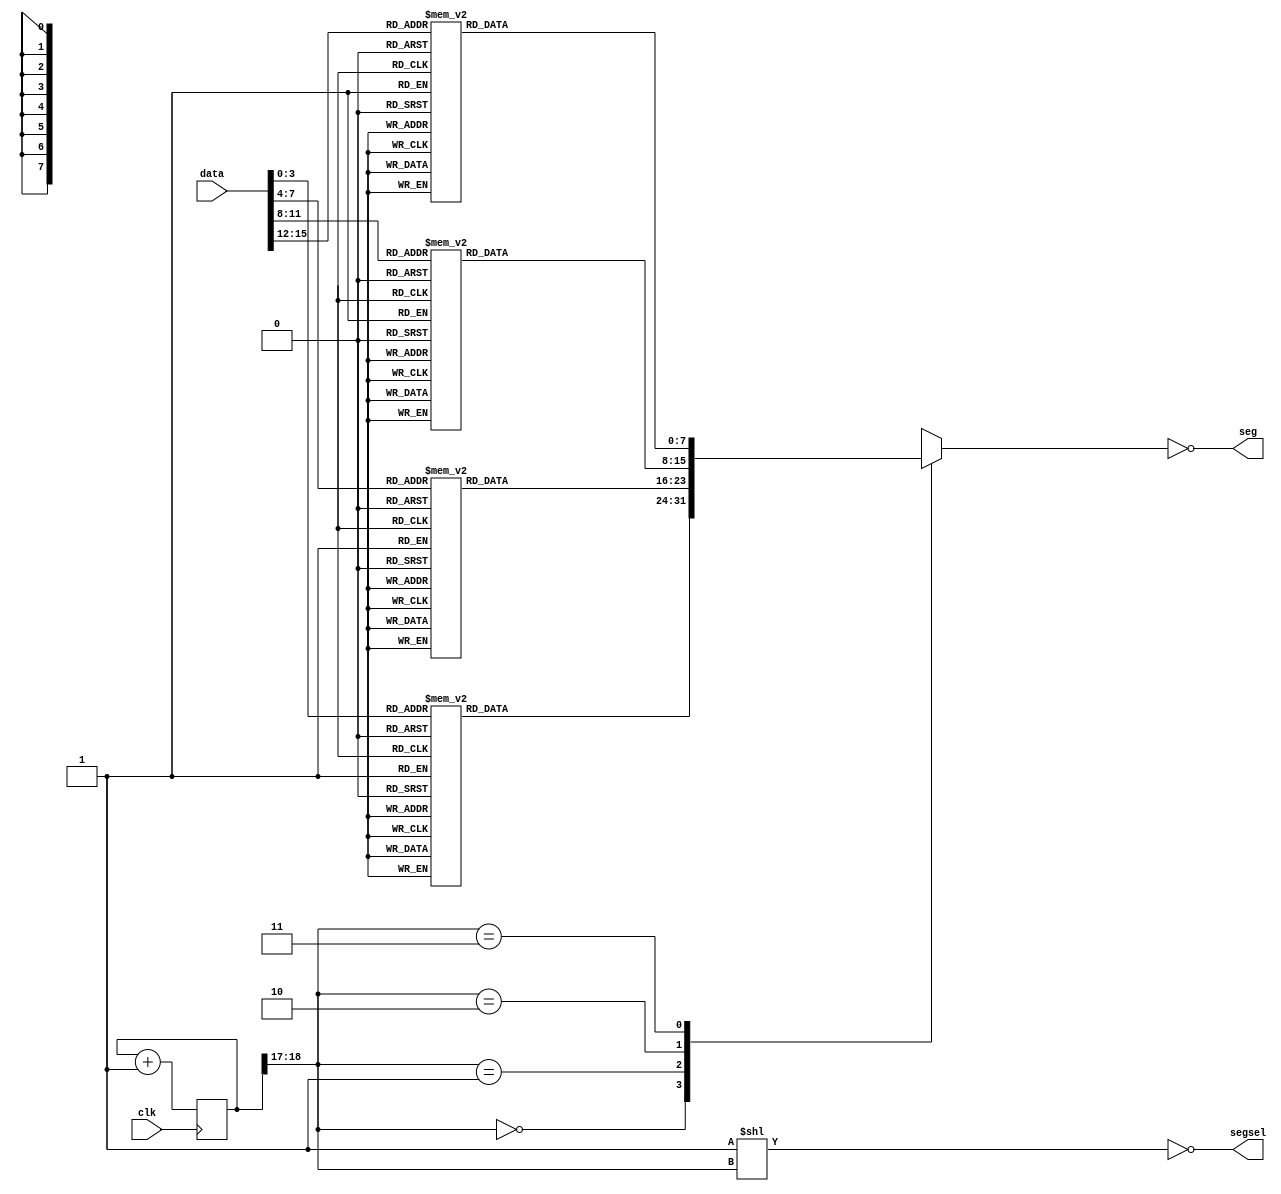
`timescale 1ns / 1ps

module LED7Seg(clk, seg, segsel, data);
		// seg bits and led segment:
		//  00
		// 5  1
		//  66
		// 4  2
		//  33  7
		output [7:0] seg;
		output [3:0] segsel;
		input clk;
		input [15:0] data;
		
		reg [18:0] counter;

		wire [3:0] v0, v1, v2, v3;
		assign v0 = data[3:0];
		assign v1 = data[7:4];
		assign v2 = data[11:8];
		assign v3 = data[15:12];
		
		wire [1:0] dsel = counter[18:17];
		assign segsel = ~(4'b1 << dsel);
		assign seg = ~decodev(dsel, v0, v1, v2, v3);
		
		always @ (posedge clk) begin
			counter = counter + 1'b1;
		end
		
		function [7:0] decodev (
			input [1:0] vsel,
			input [4:0] v0,
			input [4:0] v1,
			input [4:0] v2,
			input [4:0] v3);
			case (vsel)
				2'b00: decodev = decode(v0);
				2'b01: decodev = decode(v1);
				2'b10: decodev = decode(v2);
				2'b11: decodev = decode(v3);
			endcase
		endfunction
		
		function [7:0] decode (input [3:0] n);
			case (n)
				4'h0: decode = 8'b00111111;
				4'h1: decode = 8'b00000110;
				4'h2: decode = 8'b01011011;
				4'h3: decode = 8'b01001111;
				4'h4: decode = 8'b01100110;
				4'h5: decode = 8'b01101101;
				4'h6: decode = 8'b01111101;
				4'h7: decode = 8'b00000111;
				4'h8: decode = 8'b01111111;
				4'h9: decode = 8'b01101111;
				4'hA: decode = 8'b01110111;
				4'hb: decode = 8'b01111100;
				4'hC: decode = 8'b00111001;
				4'hd: decode = 8'b01011110;
				4'hE: decode = 8'b01111001;
				4'hF: decode = 8'b01110001;
			endcase
		endfunction
		
endmodule